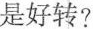
是好转?